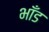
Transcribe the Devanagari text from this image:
भाँड